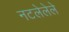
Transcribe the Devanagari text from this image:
नटलेलेले